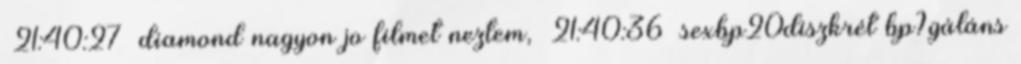
21:40:27 diamond nagyon jo filmet neztem, 21:40:36 sexbp20diszkrét bp?gáláns